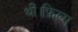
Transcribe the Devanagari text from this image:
थीं।फिल्म